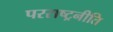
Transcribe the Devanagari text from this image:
परराष्ट्रनीति